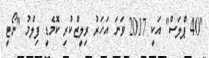
"40 ޕްލަސް" އަކީ 2017 ވަނަ އަހަރު ރިލީޒްކުރި ކޮމެޑީ ފިލްމު "ނޯޓީ